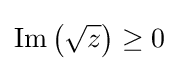
\operatorname {Im} \left({\sqrt {z}}\right)\geq 0